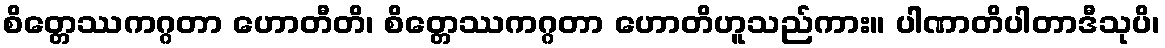
စိတ္တေဿကဂ္ဂတာ ဟောတီတိ၊ စိတ္တေဿကဂ္ဂတာ ဟောတိဟူသည်ကား။ ပါဏာတိပါတာဒီသုပိ၊